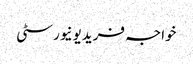
خواجہ فریدیونیورسٹی